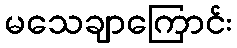
မသေချာကြောင်း